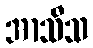
အာသီသ